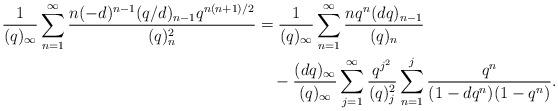
LaTeX: \begin{align*}\frac{1}{(q)_{\infty}}\sum_{n=1}^{\infty}\frac{n(-d)^{n-1}(q/d)_{n-1}q^{n(n+1)/2}}{(q)_{n}^2}&=\frac{1}{(q)_{\infty}}\sum_{n=1}^{\infty}\frac{nq^n(dq)_{n-1}}{(q)_n}\\&\quad-\frac{(dq)_{\infty}}{(q)_{\infty}}\sum_{j=1}^{\infty}\frac{q^{j^2}}{(q)_{j}^{2}}\sum_{n=1}^{j}\frac{q^n}{(1-dq^n)(1-q^n)}.\end{align*}